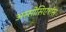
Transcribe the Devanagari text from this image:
अस्सोसिएशंस